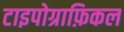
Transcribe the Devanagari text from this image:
टाइपोग्राफ़िकल